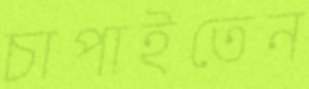
চাপাইতেন